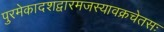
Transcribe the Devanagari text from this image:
पुरमेकादशद्वारमजस्यावक्रचेतसः